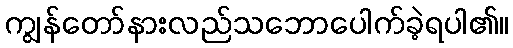
ကျွန်တော်နားလည်သဘောပေါက်ခဲ့ရပါ၏။